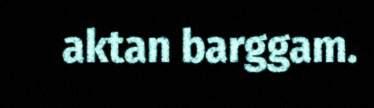
aktan barggam.